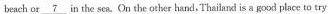
beach or \underline{7} in the sca. On the other hand.Thailand is a good place to try